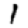
Digit: 1